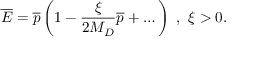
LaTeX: { \overline { { E } } } = { \overline { { p } } } \left( 1 - \frac { \xi } { 2 M _ { D } } { \overline { { p } } } + \dots \right) ~ , ~ \xi > 0 .